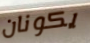
يكونان